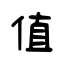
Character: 值